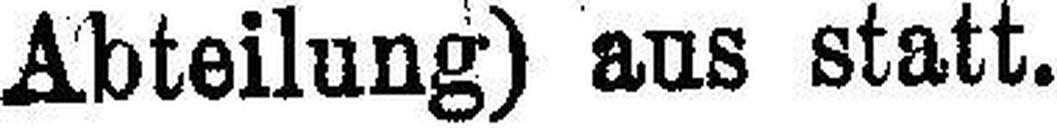
Abteilung) aus statt.